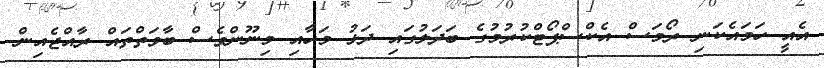
އެއީ ހަމައެކަނި ރޯމަސް އެކްސްޕޯޓްކުރުމުގެ ބަދަލުގައި ދަޅު މަހާއި މިނޫންވެސް ބާވަތްތައް ރާއްޖެއިން